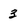
Character: 3